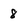
Character: 8